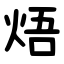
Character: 焐